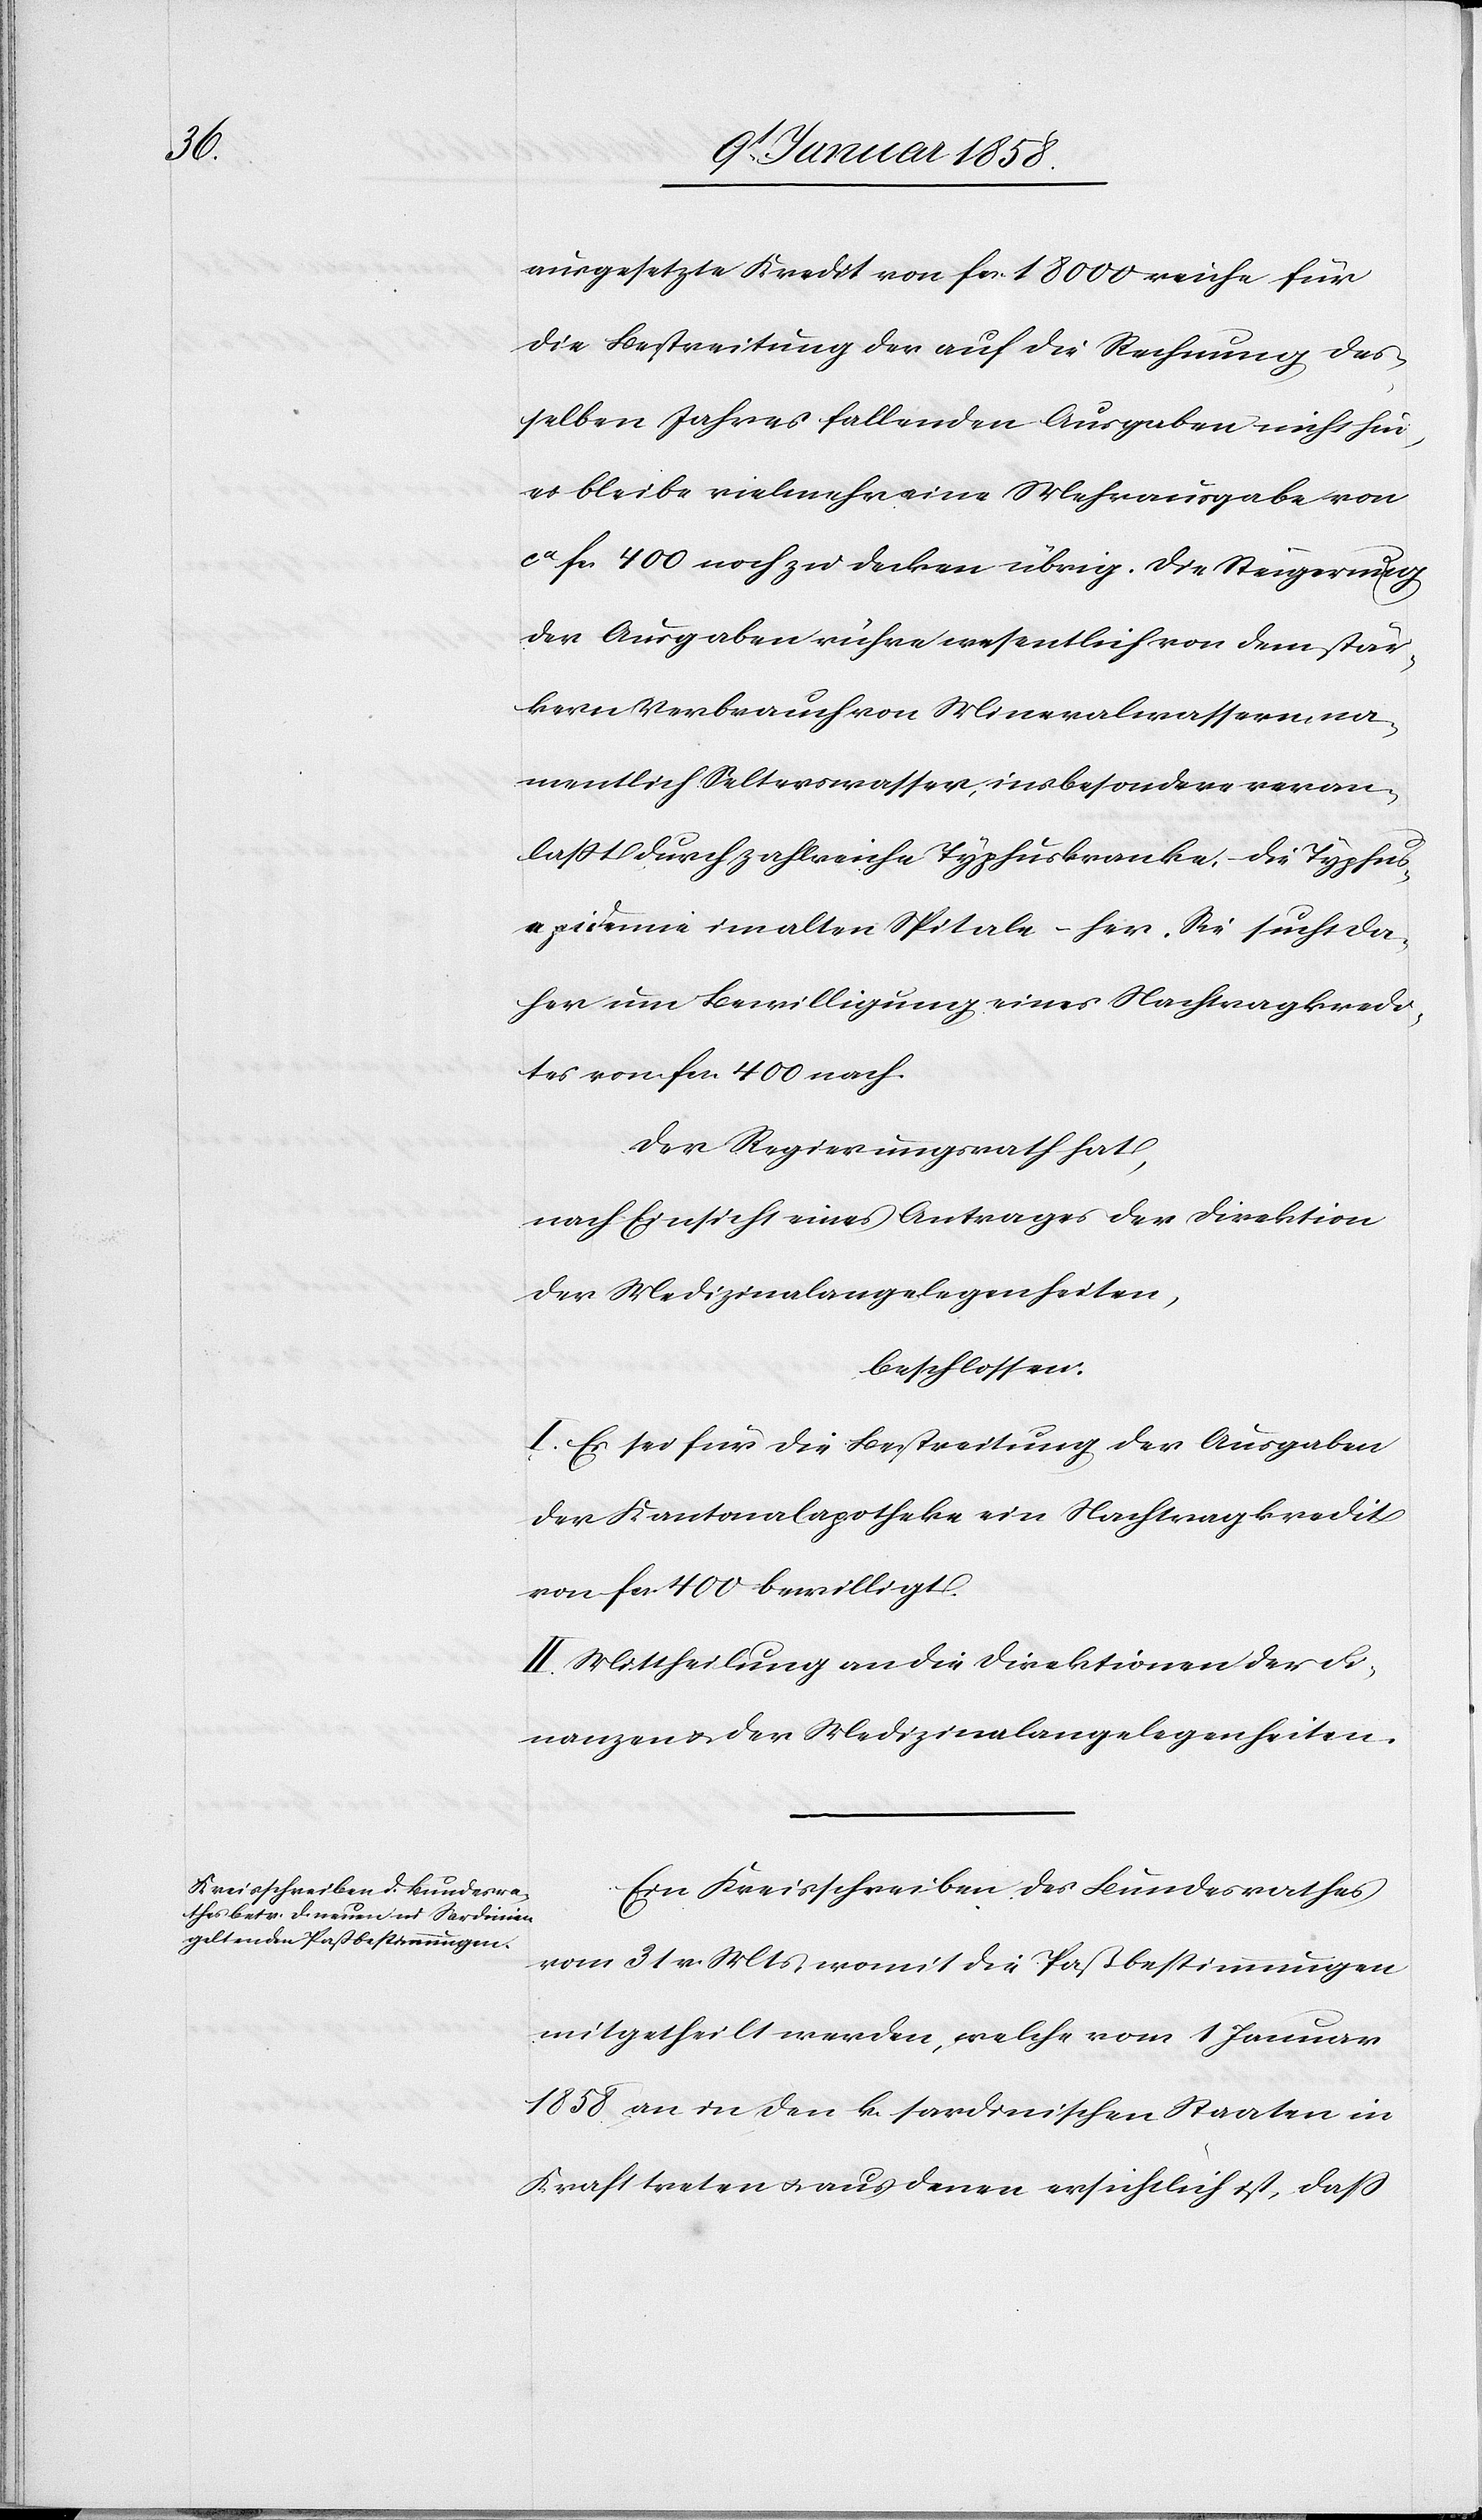
ausgesetzte Kredit von fcs. 18 000 reiche für
die Bestreitung der auf die Rechnung des¬
selben Jahres fallenden Ausgaben nicht hin,
es bleibe vielmehr eine Mehrausgabe von
ca fcs 400 noch zu decken übrig. Die Steigerung
der Ausgaben rühre wesentlich von dem stär¬
kern Verbrauch von Mineralwassern, na¬
mentlich Selterswasser, insebesonders veran¬
laßt durch zahlreiche Typhuskranke, – die Typhus¬
epidemie im alten Spitale – her. Sie sucht da¬
her um Bewilligung eines Nachtragkredi¬
tes von fcs. 400 nach.
Der Regierungsrath hat,
nach Einsicht eines Antrages der Direktion
der Medizinalangelegenheiten ,
beschlossen:
I. Es sei für die Bestreitung der Ausgaben
der Kantonalapotheke ein Nachtragkredit
von fcs. 400 bewilligt.
II. Mittheilung an die Direktionen der Fi¬
nanzen u. der Medizinalangelegenheiten.
Ein Kreisschreiben des Bundesrathes
vom 31 v. Mts. womit die Paßbestimmungen
mitgetheilt werden, welche vom 1 Januar
1858 an in den k. sardinischen Staaten in
Kraft treten u. aus denen ersichtlich ist, daß